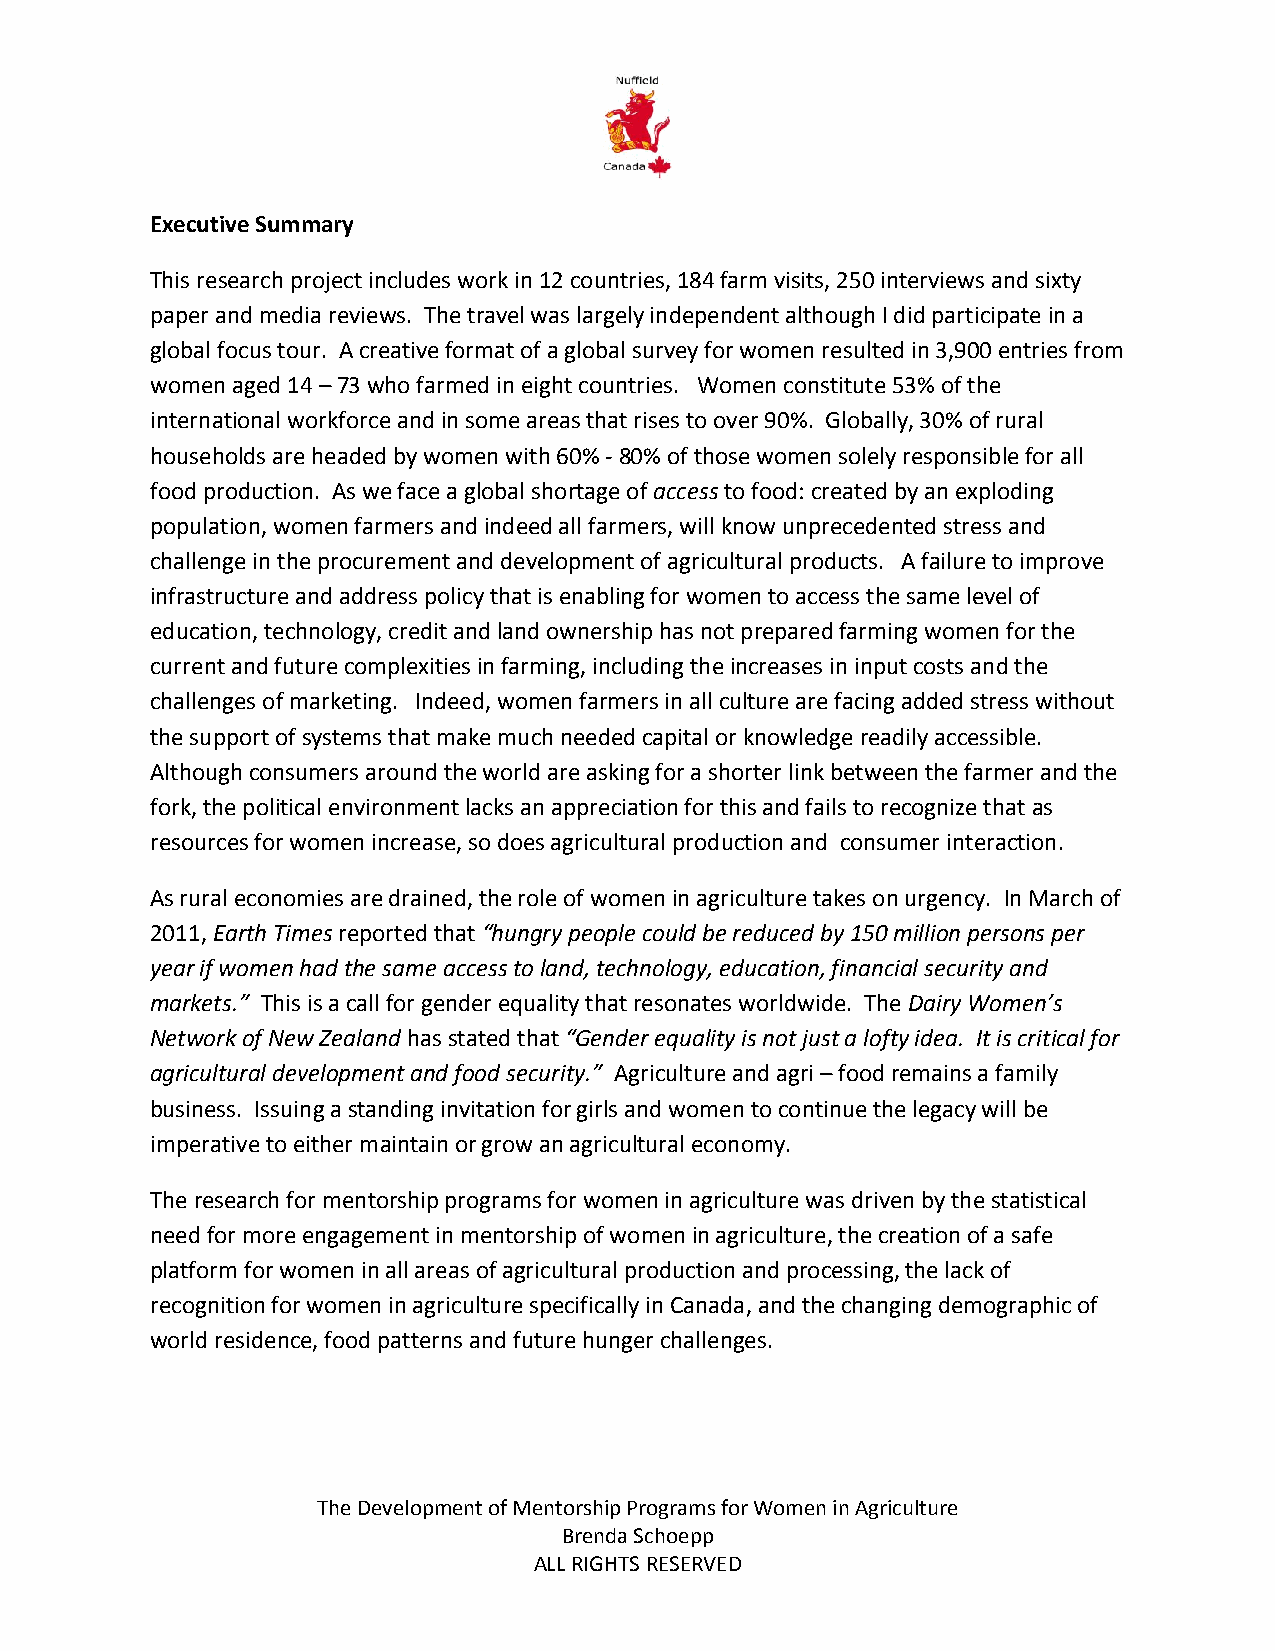
Executive Summary
 This research project includes work in 12 countries, 184 farm visits, 250 interviews and sixty
 paper and media reviews. The travel was largely independent although I did participate in a
 global focus tour. A creative format of a global survey for women resulted in 3,900 entries from
 women aged 14 – 73 who farmed in eight countries. Women constitute 53% of the
 international workforce and in some areas that rises to over 90%. Globally, 30% of rural
 households are headed by women with 60% - 80% of those women solely responsible for all
 food production. As we face a global shortage of access to food: created by an exploding
 population, women farmers and indeed all farmers, will know unprecedented stress and
 challenge in the procurement and development of agricultural products. A failure to improve
 infrastructure and address policy that is enabling for women to access the same level of
 education, technology, credit and land ownership has not prepared farming women for the
 current and future complexities in farming, including the increases in input costs and the
 challenges of marketing. Indeed, women farmers in all culture are facing added stress without
 the support of systems that make much needed capital or knowledge readily accessible.
 Although consumers around the world are asking for a shorter link between the farmer and the
 fork, the political environment lacks an appreciation for this and fails to recognize that as
 resources for women increase, so does agricultural production and consumer interaction.
 As rural economies are drained, the role of women in agriculture takes on urgency. In March of
 2011, Earth Times reported that “hungry people could be reduced by 150 million persons per
 year if women had the same access to land, technology, education, financial security and
 markets.” This is a call for gender equality that resonates worldwide. The Dairy Women’s
 Network of New Zealand has stated that “Gender equality is not just a lofty idea. It is critical for
 agricultural development and food security.” Agriculture and agri – food remains a family
 business. Issuing a standing invitation for girls and women to continue the legacy will be
 imperative to either maintain or grow an agricultural economy.
 The research for mentorship programs for women in agriculture was driven by the statistical
 need for more engagement in mentorship of women in agriculture, the creation of a safe
 platform for women in all areas of agricultural production and processing, the lack of
 recognition for women in agriculture specifically in Canada, and the changing demographic of
 world residence, food patterns and future hunger challenges.
 The Development of Mentorship Programs for Women in Agriculture
 Brenda Schoepp
 ALL RIGHTS RESERVED